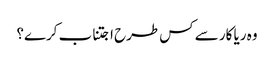
وہ ریا کار سے کس طرح اجتناب کرے؟